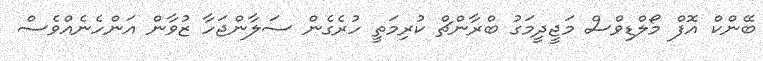
ބޭންކް އޮފް މޯލްޑިވްސް މަޖީދީމަގު ބްރާންޗް ކުރިމަތީ ހުރެގެން ސަލާންޖަހާ ޒުވާން އަންހެނެއްވެސް